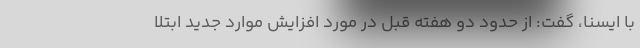
با ایسنا، گفت: از حدود دو هفته قبل در مورد افزایش موارد جدید ابتلا